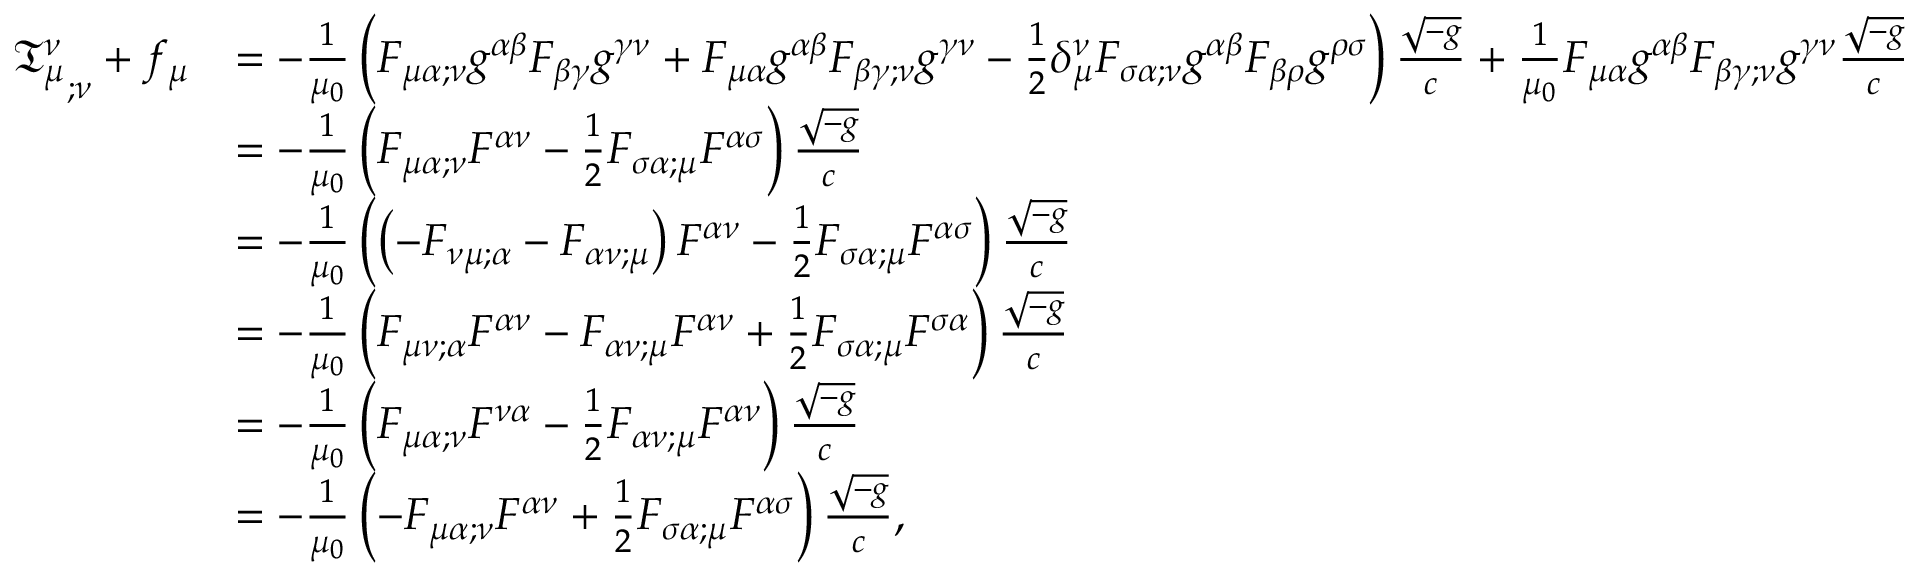
{ \begin{array} { r l } { { { \mathfrak { T } } _ { \mu } ^ { \nu } } _ { ; \nu } + f _ { \mu } } & { = - { \frac { 1 } { \mu _ { 0 } } } \left( F _ { \mu \alpha ; \nu } g ^ { \alpha \beta } F _ { \beta \gamma } g ^ { \gamma \nu } + F _ { \mu \alpha } g ^ { \alpha \beta } F _ { \beta \gamma ; \nu } g ^ { \gamma \nu } - { \frac { 1 } { 2 } } \delta _ { \mu } ^ { \nu } F _ { \sigma \alpha ; \nu } g ^ { \alpha \beta } F _ { \beta \rho } g ^ { \rho \sigma } \right) { \frac { \sqrt { - g } } { c } } + { \frac { 1 } { \mu _ { 0 } } } F _ { \mu \alpha } g ^ { \alpha \beta } F _ { \beta \gamma ; \nu } g ^ { \gamma \nu } { \frac { \sqrt { - g } } { c } } } \\ & { = - { \frac { 1 } { \mu _ { 0 } } } \left( F _ { \mu \alpha ; \nu } F ^ { \alpha \nu } - { \frac { 1 } { 2 } } F _ { \sigma \alpha ; \mu } F ^ { \alpha \sigma } \right) { \frac { \sqrt { - g } } { c } } } \\ & { = - { \frac { 1 } { \mu _ { 0 } } } \left( \left( - F _ { \nu \mu ; \alpha } - F _ { \alpha \nu ; \mu } \right) F ^ { \alpha \nu } - { \frac { 1 } { 2 } } F _ { \sigma \alpha ; \mu } F ^ { \alpha \sigma } \right) { \frac { \sqrt { - g } } { c } } } \\ & { = - { \frac { 1 } { \mu _ { 0 } } } \left( F _ { \mu \nu ; \alpha } F ^ { \alpha \nu } - F _ { \alpha \nu ; \mu } F ^ { \alpha \nu } + { \frac { 1 } { 2 } } F _ { \sigma \alpha ; \mu } F ^ { \sigma \alpha } \right) { \frac { \sqrt { - g } } { c } } } \\ & { = - { \frac { 1 } { \mu _ { 0 } } } \left( F _ { \mu \alpha ; \nu } F ^ { \nu \alpha } - { \frac { 1 } { 2 } } F _ { \alpha \nu ; \mu } F ^ { \alpha \nu } \right) { \frac { \sqrt { - g } } { c } } } \\ & { = - { \frac { 1 } { \mu _ { 0 } } } \left( - F _ { \mu \alpha ; \nu } F ^ { \alpha \nu } + { \frac { 1 } { 2 } } F _ { \sigma \alpha ; \mu } F ^ { \alpha \sigma } \right) { \frac { \sqrt { - g } } { c } } , } \end{array} }